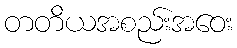
တတိယအစည်းအဝေး